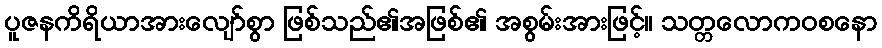
ပူဇနကိရိယာအားလျော်စွာ ဖြစ်သည်၏အဖြစ်၏ အစွမ်းအားဖြင့်။ သတ္တလောကဝစနော